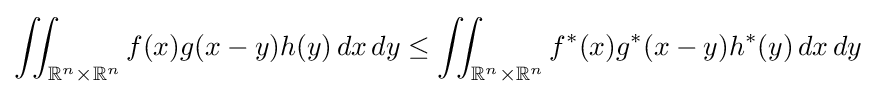
\iint _{\mathbb {R} ^{n}\times \mathbb {R} ^{n}}f(x)g(x-y)h(y)\,dx\,dy\leq \iint _{\mathbb {R} ^{n}\times \mathbb {R} ^{n}}f^{*}(x)g^{*}(x-y)h^{*}(y)\,dx\,dy